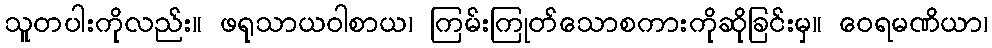
သူတပါးကိုလည်း။ ဖရုသာယဝါစာယ၊ ကြမ်းကြုတ်သောစကားကိုဆိုခြင်းမှ။ ဝေရမဏိယာ၊